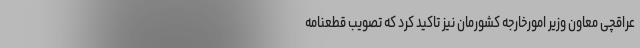
عراقچی معاون وزیر امورخارجه کشورمان نیز تاکید کرد که تصویب قطعنامه